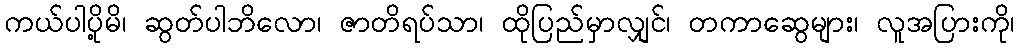
ကယ်ပါပို့မိ၊ ဆွတ်ပါဘိလော၊ ဇာတိရပ်သာ၊ ထိုပြည်မှာလျှင်၊ တကာဆွေများ၊ လူအပြားကို၊